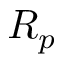
R _ { p }